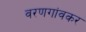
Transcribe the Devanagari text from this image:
वरणगांवकर